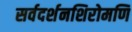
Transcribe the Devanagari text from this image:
सर्वदर्शनशिरोमणि